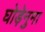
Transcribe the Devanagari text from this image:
घोड़ेनुमा